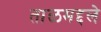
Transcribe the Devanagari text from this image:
ताळमद्दले